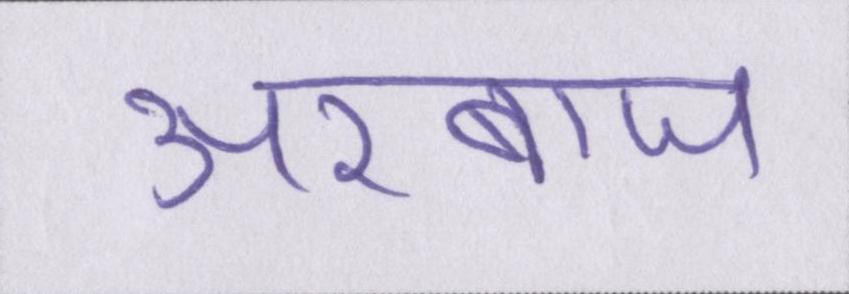
अरबाज